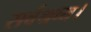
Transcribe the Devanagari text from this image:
सर्वश्रव्य।